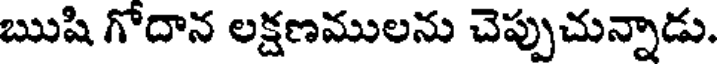
ఋషి గోదాన లక్షణములను చెప్పుచున్నాడు.